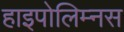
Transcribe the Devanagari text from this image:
हाइपोलिम्नस